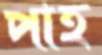
পাহ